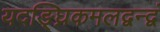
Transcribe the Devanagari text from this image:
यदङ्घ्रिकमलद्वन्द्वं